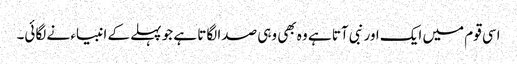
اسی قوم میں ایک اور نبی آتا ہے وہ بھی وہی صدا لگاتا ہے جو پہلے کے انبیاء نے لگائی۔